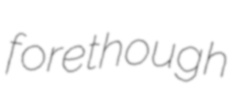
forethough